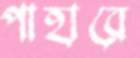
পাহারে